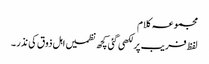
مجموعہ کلام
لفظ فریب پر لکھی گئی کچھ نظمیں اہل ذوق کی نذر ۔